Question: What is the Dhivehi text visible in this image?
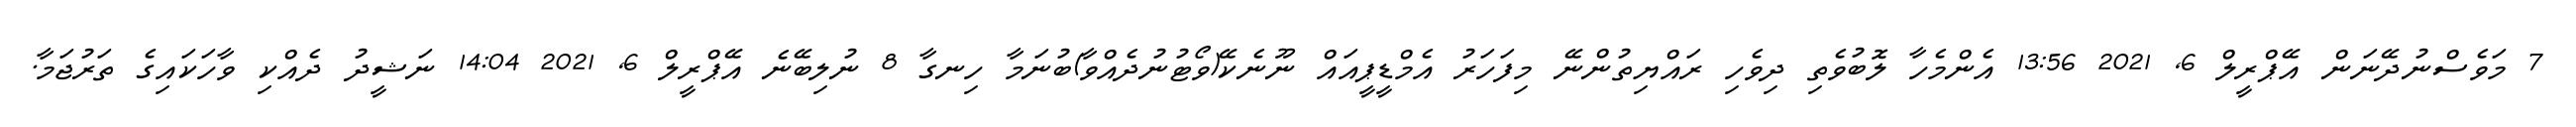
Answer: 7 މަވެސްނުދޭނަން އޭޕްރީލް 6, 2021 13:56 އެންމެހާ ލޮބުވެތި ދިވެހި ރައްޔިތުންނޭ މިފަހަރު އެމްޑީޕީއައް ނޫނެކޭ(ވޯޓުނުދެއްވާ)ބުނަމާ ހިނގާ 8 ނުލިބޭނެ އޭޕްރީލް 6, 2021 14:04 ނަޝީދު ދެއްކި ވާހަކައިގެ ތަރުޖަމާ.